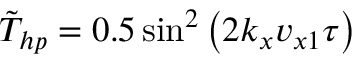
\tilde { T } _ { h p } = 0 . 5 \sin ^ { 2 } \left( 2 k _ { x } v _ { x 1 } \tau \right)